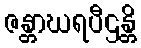
ဇန္တာဃရပီဌန္တိ